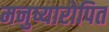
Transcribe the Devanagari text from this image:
मनुष्यारोपित